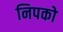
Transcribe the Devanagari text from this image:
निपको